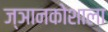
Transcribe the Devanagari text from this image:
ज्ञानकोशाला